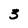
Character: 3